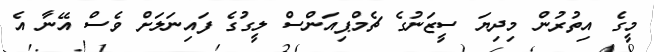
މީގެ އިތުރުން މިދިޔަ ސީޒަނުގެ ޗެމްޕިއަންސް ލީގުގެ ފައިނަލަށް ވެސް އޭނާ އެ